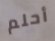
أحلم